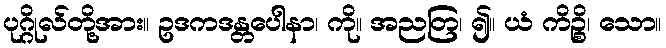
ပုဂ္ဂိုလ်တို့အား။ ဥဒကဒန္တပေါနာ၊ ကို။ အညတြ၊ ၍။ ယံ ကိဉ္စိ၊ သော။